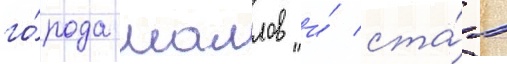
го́рода маллов и́ ста́л